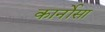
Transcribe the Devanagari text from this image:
कार्नोसा